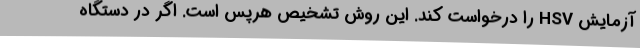
آزمایش HSV را درخواست کند. این روش تشخیص هرپس است. اگر در دستگاه